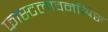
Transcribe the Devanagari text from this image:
फास्टलावनस्रिस